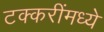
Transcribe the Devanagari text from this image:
टक्करींमध्ये